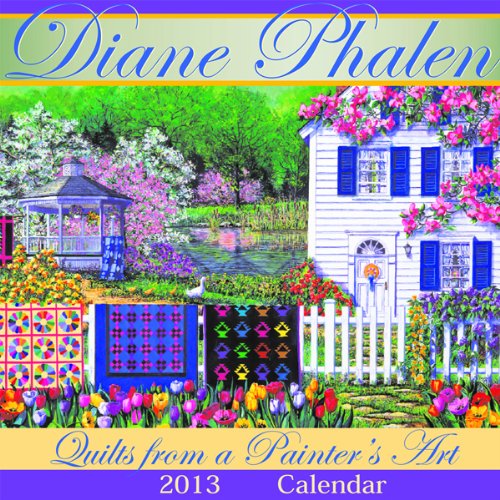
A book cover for Diane Phalen: Quilts from a Painter's Art Calendar; Diane Phalen; Calendars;